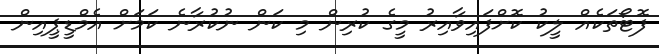
ފޮޓޯތަކެއް ލީކު ކޮށްފައިވާއިރު މީގެ ކުރިން މި ކަން ނުކުރާނެ ކަމަށް އެމްޑީޕީއިން